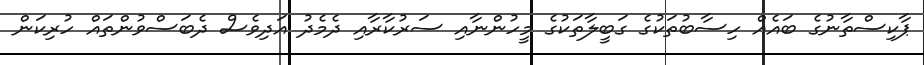
ޕާކިސްތާނުގެ ބައެއް ހިސާބުތަކުގެ ގަބީލާތަކުގެ މީހުންނާއި ސަރުކާރާއި ދެމެދު އަދިވެސް ދެބަސްވުންތައް ހުރިކަން